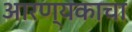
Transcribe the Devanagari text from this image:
आरण्यकाचा